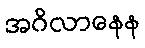
အဂိလာနေန